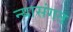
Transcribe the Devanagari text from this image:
न्यासंगत